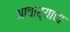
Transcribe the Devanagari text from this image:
आचाऱ्याचा